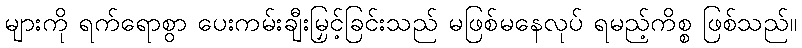
များကို ရက်ရောစွာ ပေးကမ်းချီးမြှင့်ခြင်းသည် မဖြစ်မနေလုပ် ရမည့်ကိစ္စ ဖြစ်သည်။